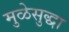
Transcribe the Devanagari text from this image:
मुळेसुद्धा